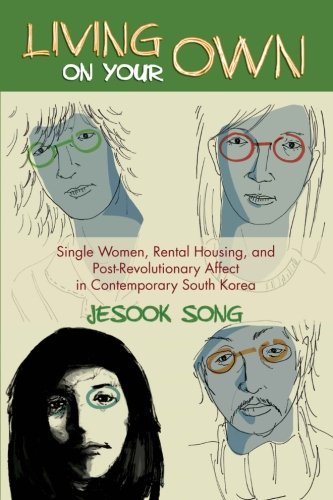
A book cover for Living on Your Own: Single Women, Rental Housing, and Post-Revolutionary Affect in Contemporary South Korea; Jesook Song; History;